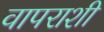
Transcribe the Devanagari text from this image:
वापराशी